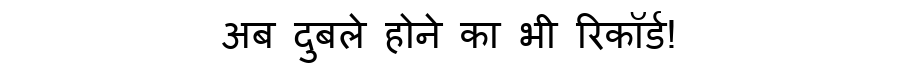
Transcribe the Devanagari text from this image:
अब दुबले होने का भी रिकॉर्ड!